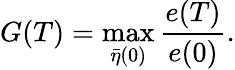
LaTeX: G(T)=\operatorname*{max}_{\bar{\eta}(0)}\frac{e(T)}{e(0)}.